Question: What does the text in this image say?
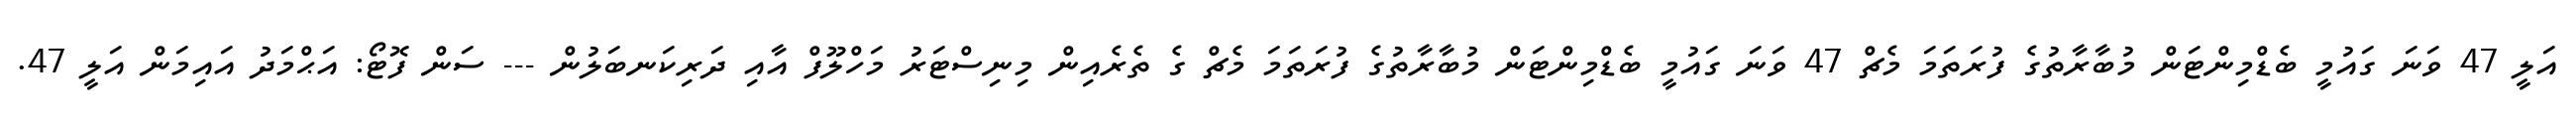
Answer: އަލީ 47 ވަނަ ގައުމީ ބެޑްމިންޓަން މުބާރާތުގެ ފުރަތަމަ މެޗް 47 ވަނަ ގައުމީ ބެޑްމިންޓަން މުބާރާތުގެ ފުރަތަމަ މެޗް ގެ ތެރެއިން މިނިސްޓަރު މަހްލޫފް އާއި ދަރިކަނބަލުން --- ސަން ފޮޓޯ: އަޙްމަދު އައިމަން އަލީ 47.